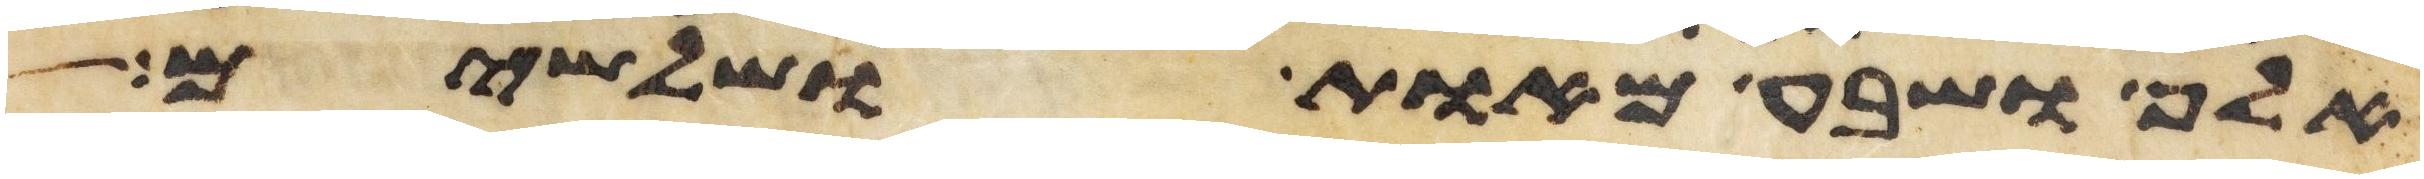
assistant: אלף ושבע מאות ושלשים